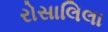
રોસાલિલા